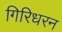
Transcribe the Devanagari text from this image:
गिरिधरन